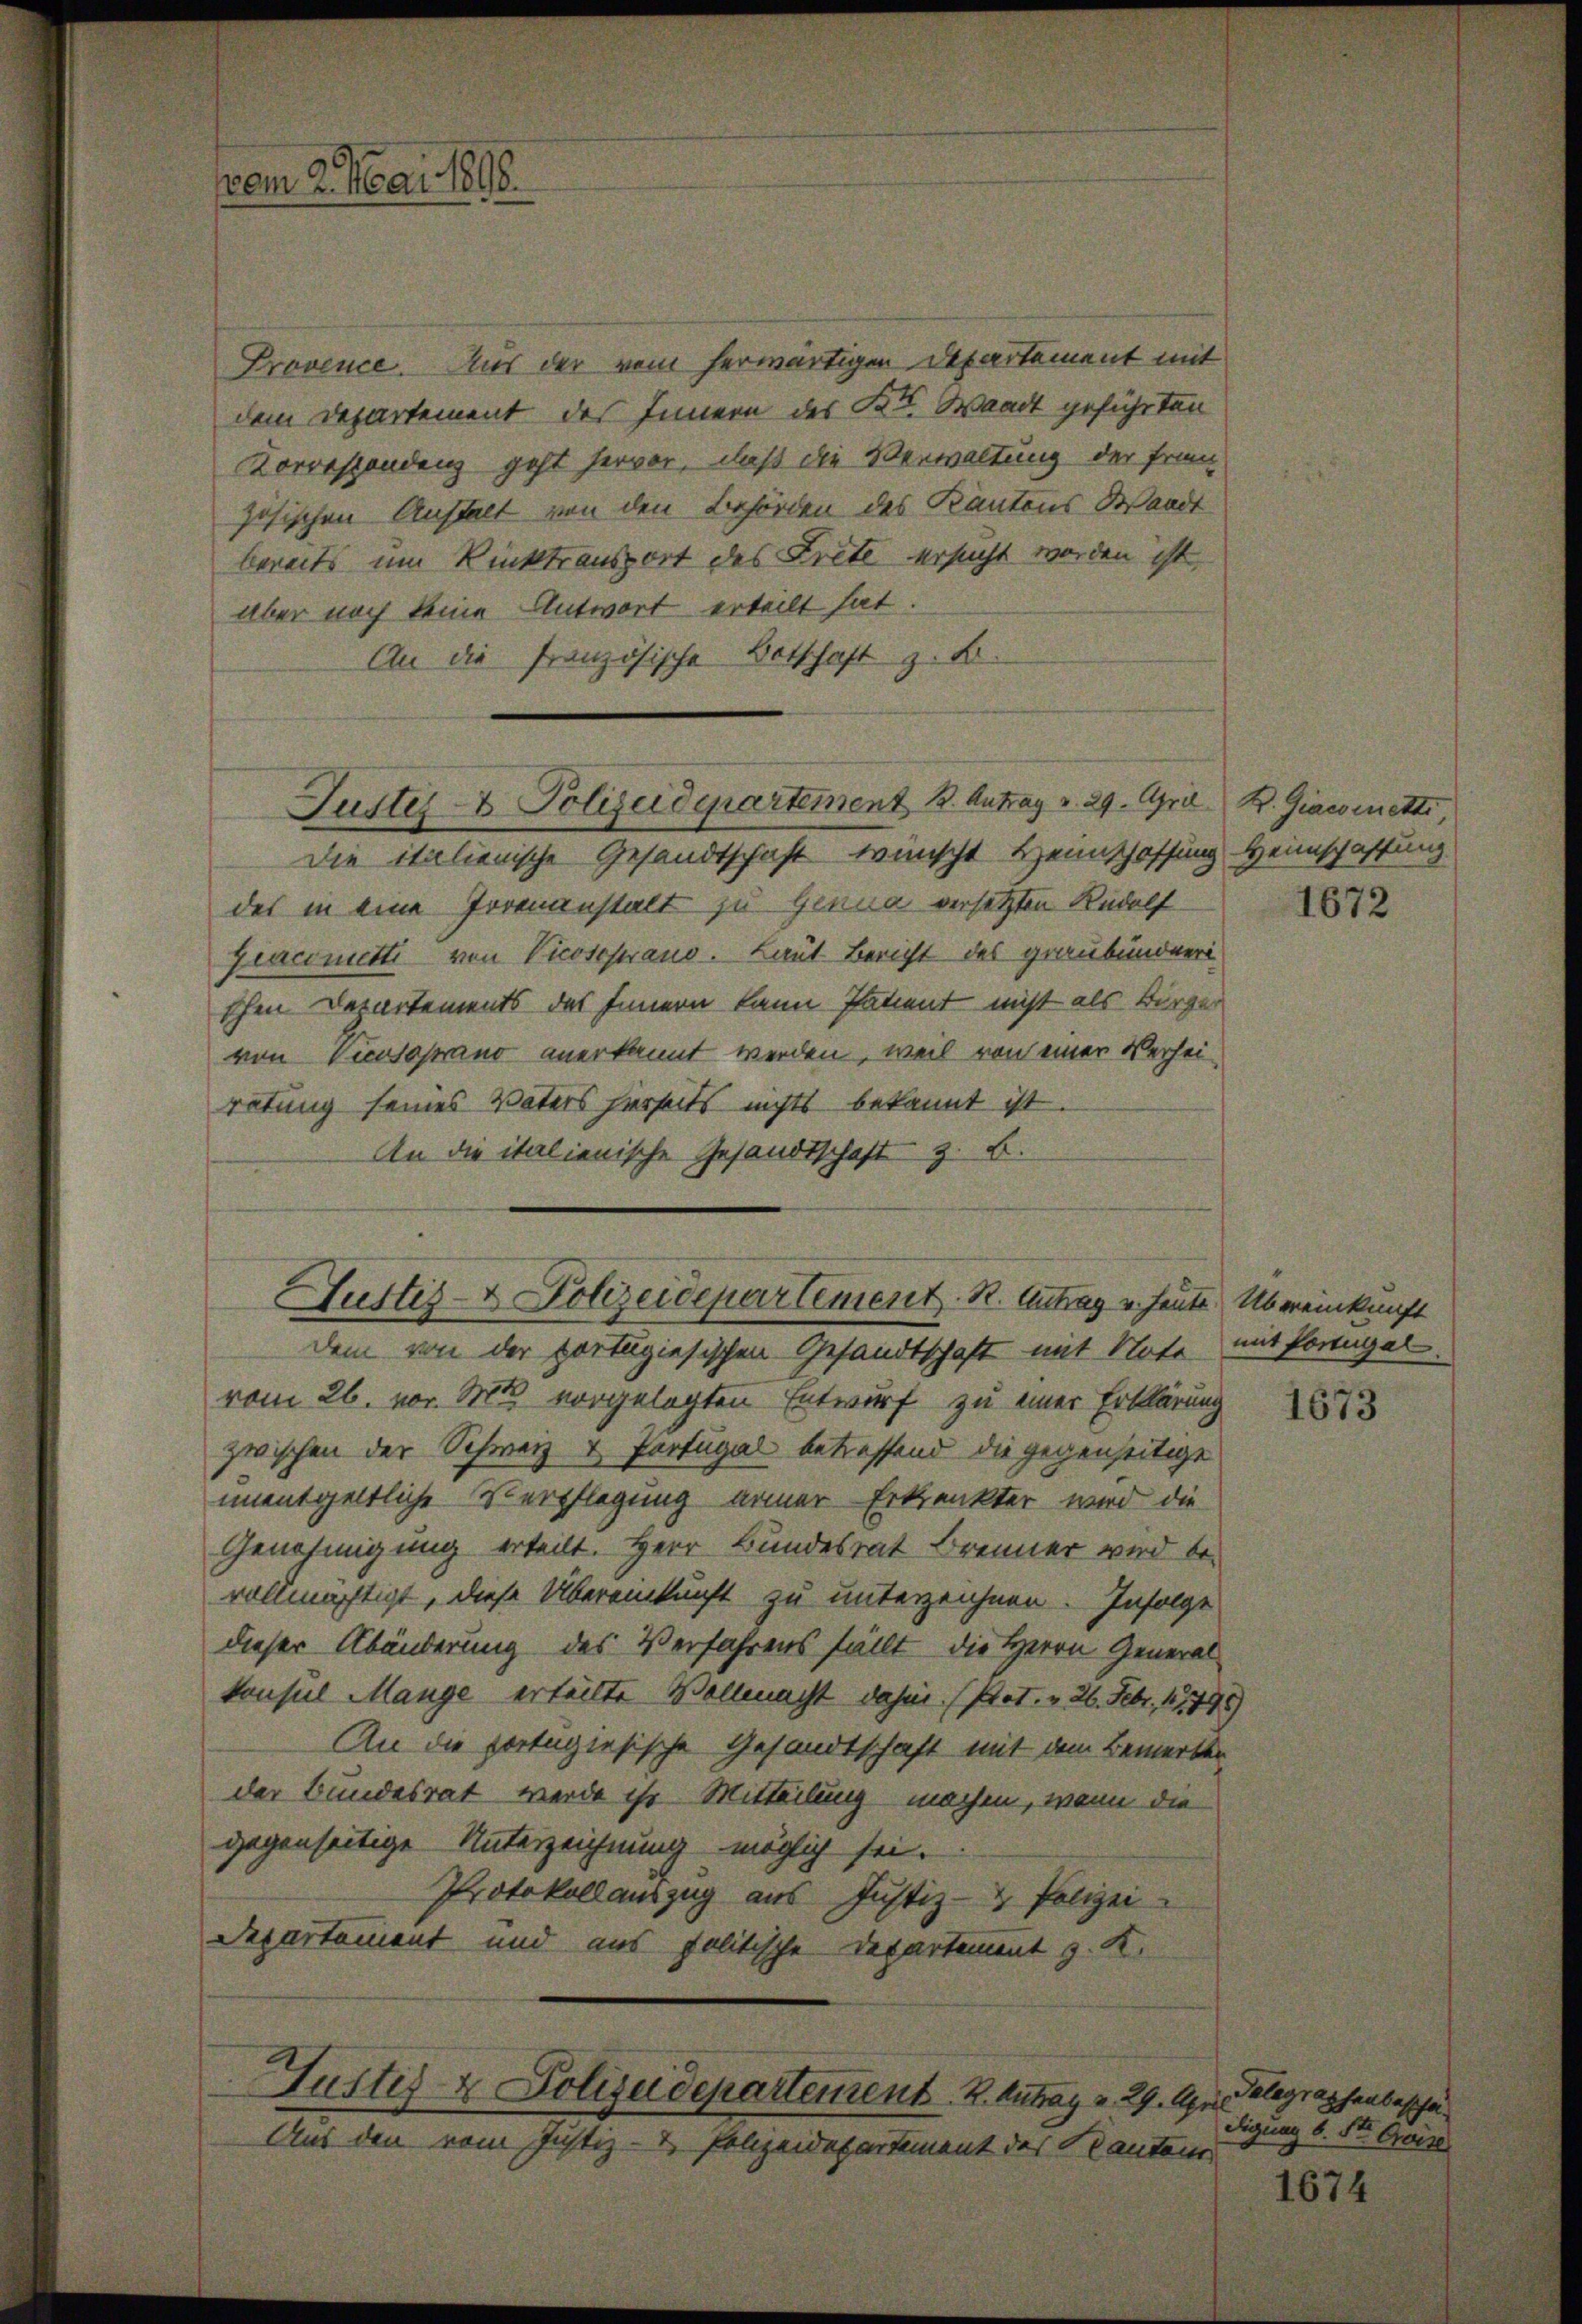
vom 2. Mai 1898.

Provence. Aus der vom herwärtigen Departement mit
dem Departement des Innern des Kt. Waadt geführten
Korrespondenz geht hervor, daß die Verwaltung der Franz-
zösischen Anstalt von den Behörden des Kantons Waadt
bereits um Rücktransport des Trete ersucht worden ist.
Aber noch keine Antwort erteilt hat.
An die französische Botschaft z. B.

Justiz- & Polizeidepartement 1. Antrag v. 29. April B. Giaconetti

Die italienische Gesandtschaft wünscht Hennschaffung Heimschaffung.
des in eine Irrenanstalt zu Genua versetzten Rudolf
Giaconetti von Vicosestrano. Laut Bericht des graubündneri
schen Departements des Innern kann Patient nicht als Bürger
von Viewsoprano anerkannt werden, weil von einer Verheirötung seines Vaters hierseits nichts bekannt ist.
An die italienische Gesandtschaft z. B.

Justiz- & Polizeidepartement. R. Antrag v. heute Übereinkunft
dem von der portugiesischen Gesandtschaft mit Note mit Portugal.

Gustiz & Polizeidepartement. K. Antrag v. 29. Apr. Telegraphenbescha

Aus den vom Justiz- & Polizeidepartement des Kantone

vom 26. vor 1888 vorgelegten Entwurf zu einer Erklärung
zwischen der Schweiz & Portugal betreffend die gegenseitige
unentgeltliche Verpflegung armer Erkrankter wird die
Genehmigung erteilt. Herr Bundesrat Brenner wird be-
vollmächtigt, diese Übereinkunft zu unterzeichnen. Infolge
dieser Abänderung des Verfahrens fällt die Herrn Generalkonsul Mange erteilte Vollmacht dahin (Prot. v. 26. Febr. 17798)
An die portugisische Gesandtschaft mit dem Bemerkte
der Bundesrat werde ihr Mitteilung machen, wenn die
gegenseitige Unterzeichnung möglich sei.
Protokollauszug aus Justiz- & Polizei
Departement und aus politische Departement z. K.

1672

1673

digung b. St. Geise

1674